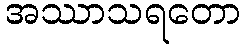
အဿာသရတော